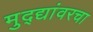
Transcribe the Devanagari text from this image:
मुद्द्यांवरचा